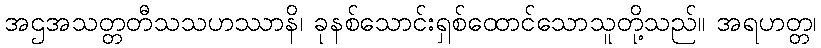
အဌအသတ္တတီသသဟဿာနိ၊ ခုနစ်သောင်းရှစ်ထောင်သောသူတို့သည်။ အရဟတ္တ၊